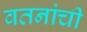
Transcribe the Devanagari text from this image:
वतनांची